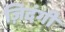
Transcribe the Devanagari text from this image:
ज़िदंगी